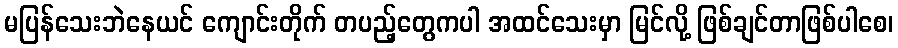
မပြန်သေးဘဲနေယင် ကျောင်းတိုက် တပည့်တွေကပါ အထင်သေးမှာ မြင်လို့ ဖြစ်ချင်တာဖြစ်ပါစေ၊